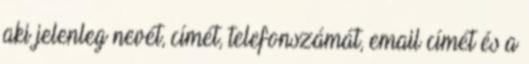
aki jelenleg nevét, címét, telefonszámát, email címét és a